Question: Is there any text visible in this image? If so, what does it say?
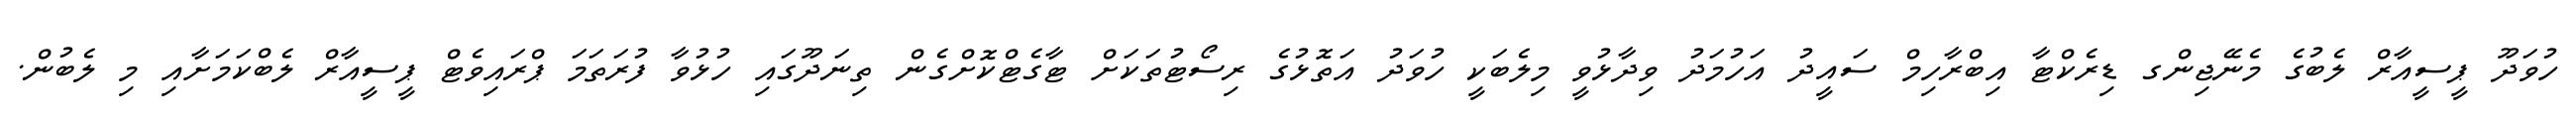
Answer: ހުވަދޫ ޕީސީއާރް ލެބުގެ މެނޭޖިންގ ޑިރެކްޓާ އިބްރާހިމް ސައީދު އަހުމަދު ވިދާޅުވީ މިލެބަކީ ހުވަދު އަތޮޅުގެ ރިސޯޓުތަކަށް ޓާގެޓްކޮށްގެން ތިނަދޫގައި ހުޅުވާ ފުރަތަމަ ޕްރައިވެޓް ޕީސީއާރް ލެބްކަމަށާއި މި ލެބުން.